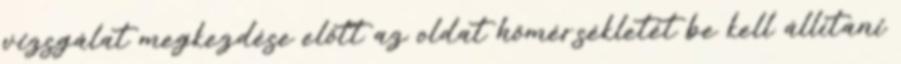
vizsgálat megkezdése elõtt az oldat hõmérsékletét be kell állítani